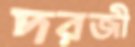
দরজী